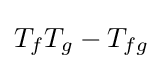
T_{f}T_{g}-T_{fg}